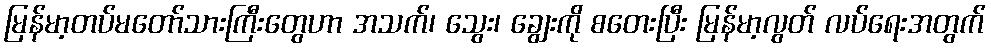
မြန်မာ့တပ်မတော်သားကြီးတွေဟာ အသက်၊ သွေး၊ ချွေးကို စတေးပြီး မြန်မာ့လွတ် လပ်ရေးအတွက်